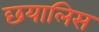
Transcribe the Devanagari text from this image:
छयालिस